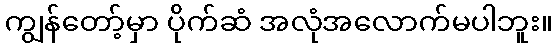
ကျွန်တော့်မှာ ပိုက်ဆံ အလုံအလောက်မပါဘူး။